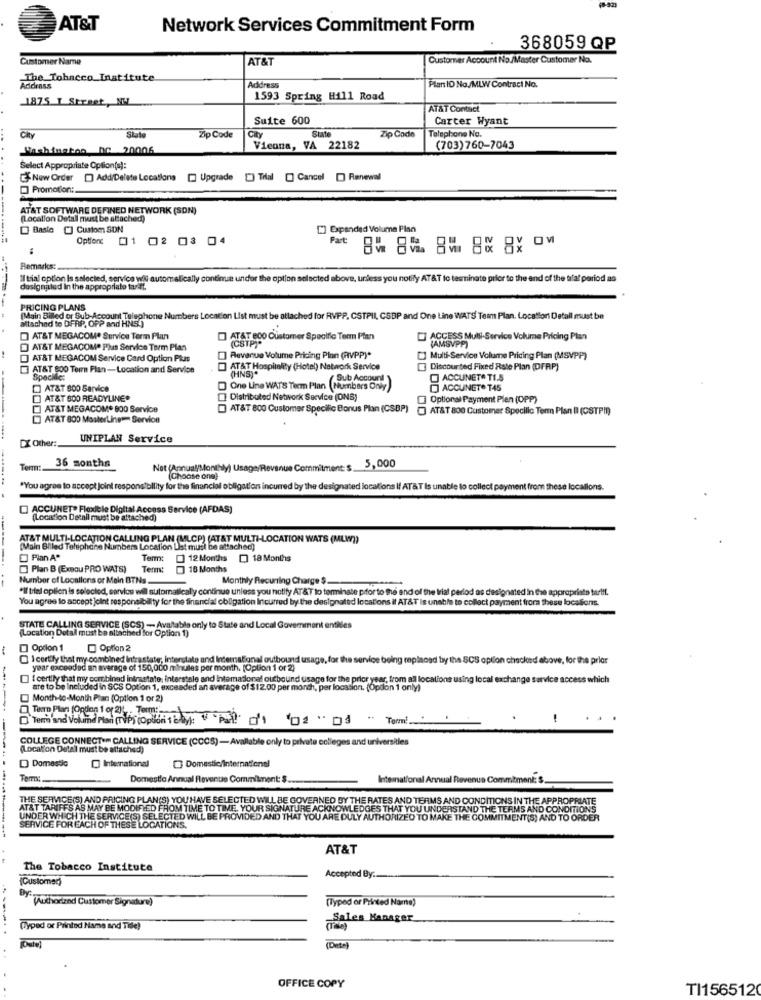
AT&T
Network Services Commitment Form
368059 QP
Customer Name
AT&T
Customer Account No./Master Customer No.
The Tobacco Institute
Adidenss
Address
Plan ID No/MLW Contract No.
1875 T Street, NW
1593 Spring Hill Road
AT&T Contact
Suite 600
Carter Wyant
State
State
Zip Code
Telephone No.
City
Zip Code
CRY
Washington DC 20006
Vienna, VA 22182
(703)760-7043
Select Appropriate Option(s):
New Order ) Add/Delete Locations [ Upgrade [) Tilal [] Cancel [ Renewal
Promotion:
AT&T SOFTWARE DEFINED NETWORK (SON)
(Location Detall must be attached)
Basic [] Custom SON
[] Expanded Volume Plan
Option: 01 02 03 04
Part:
8% 88 8%YM
Remarks:
Il trial option Is selected, service wil automatically continue under the option selected above, unless you notify AT&T to terminate prior to the end of the tilal pariod as
dusignaled In the appropriate tariff.
PRICING PLANS
(Main Billed or Sub-Account Telephone Numbers Location List must be attached for RVPP. CSTPII, CSBP and One Line WATS Tem Plan. Location Detall must be
altached to DFRP, OPP and HNS.)
AT&T MEGACOM. Service Term Plan
AT&T 800 Customer Specific Term Ptan
(CSTP)"
] ACCESS Mull-Service Volume Pricing Plan
AT&T MEGACOMP Plus Service Term Plan
(AMSVPP)
AT&T MEGACOM Service Card Option Plus
Revenue Volume Pricing Plan (RVPP)*
[] Multi-Service Volume Pricing Plan (MSVPP)
AT&T 800 Term Plan -Location and Service
AT&T Hospitality (Hotel) Network Service
(HNS)*
Discounted Fixed Rate Plan (DFRP)
Speckle:
Sub Account
ACCUNETO TI.S
AT&T 800 Service
One Line WATS Term Plan (Numbers Only)
ACCUNET® T45
[] AT&T 800 READYLINE*
Distributed Network Service (ONS)
Optional Payment Plen (OPP)
AT&T MEGACOM* 800 Service
AT&T 800 Customer Specific Bonus Plan (CSBP) ] AT&T 800 Customer Specilic Term Plan I (CSTPI))
AT&T 800 MasterLineum Servion
DX Other:
UNIPLAN Service
36 months
Term:
Not (Annual/Monthly)
ue Commitment: $_
5,000
(Choose one)
"You agree to accept Joint responsibility for the financial obligations incurred by the designated localions If AT&T Is unable to collect payment from these locallons.
[] ACCUNET" Flexible Digital Access Service (AFDAS)
(Location Detall must be attached)
AT&T MULTI-LOCATION CALLING PLAN (MLCP) (AT&T MULTI-LOCATION WATS (MLW))
(Main Billed Telephone Numbers Location List must be attached)
Pian Aº
Term:
12 Months [] 18 Months
Plan B (Exsou PRO WATS)
Term:
18 Months
Number of Looallons or Main BTNs.
Monthly Recurring Charge $.
*Il tilel option is selected, service wil automatically continue unless you notify AT&T to terminate pifor to the end of the trial period as designated in the appropriate tarift.
You agree to accept joint responsibility for the financial obligation Incurred by the designated locations il AT&T Is unable to collect payment from these locations.
STATE CALLING SERVICE (SCS) - Avaltable only to State and Local Government entides
(Location Detall must be altached for Option 1)
Option 1
Option 2
I certify that my combined Intrastate; interstate and International outbound usage, for the service being replaced by the SCS option checked above, for the prior
year exceeded an average of 150,000 minutes per month. (Option 1 or 2)
{ certily that my combined intrastate, interstale and International outbound usage for the prior year, from all locations using local exchange service access which
are to be Included in SCS Option 1, exceaded an average of $12.00 per month, per location. (Option 1 only)
Month-to-Month Plan (Option 1 or 2)
Tuero Plan [Option 1 or 2) :, , Torm :;-..
D'Term and Volume Plan (TP) (option+ only): Pal? '1 02 " D " Tarmi ."
"Term and Volume Plan (TVP) (Opdidini 1 db)
1
COLLEGE CONNECT .- CALLING SERVICE (CCCS) -Available only to private colleges and universities
(Location Detal must be attached)
) Domestic
International
Domestic/International
Temx :.
Domestic Annual Revenue Commitment: $
International Annual Revenus Commitment: $.
THE SERVICE(S) AND PRICING PLAN(S) YOU HAVE SELECTED WILL BE GOVERNED BY THE RATES AND TERMS AND CONDITIONS IN THE APPROPRIATE
AT&T TARIFFS AS MAY BE MODIFIED FROM TIME TO TIME. YOUR SIGNATURE ACKNOWLEDGES THAT YOU UNDERSTAND THE TERMS AND CONDITIONS
UNDER WHICH THE SERVICE(S) SELECTED WILL BE PROVIDED AND THAT YOU ARE DULY AUTHORIZED TO MAKE THE COMMITMENT(S) AND TO ORDER
SERVICE FOR EACH OF THESE LOCATIONS.
AT&T
The Tobacco Institute
(Gustomed)
Accepted By.
"(Authorized Customer Signature)
(Typed ar Printed Name)
Sales Manager.
(yped or Printed Name and Tide)
(Dete)
..
OFFICE COPY
TI1565120